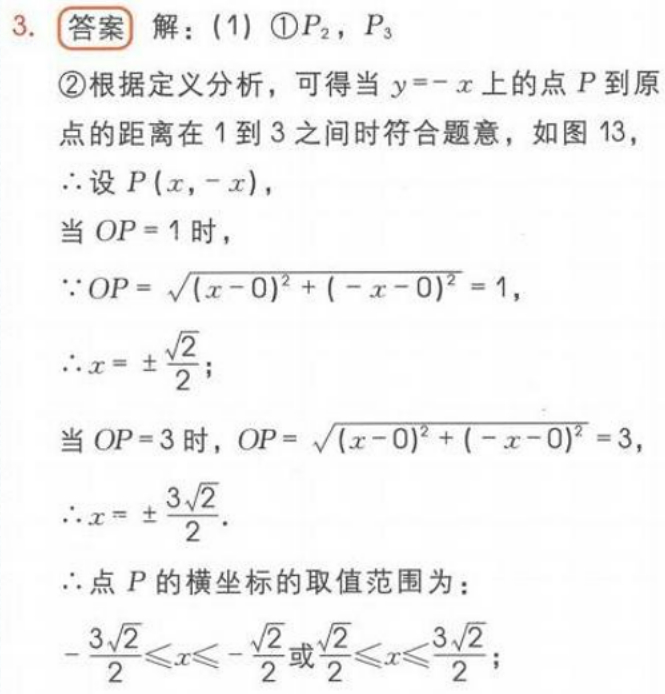
3. 答案 解：(1) \textcircled{1}$P_{2},P_{3}$
\textcircled{2}根据定义分析，可得当$y = -x$上的点$P$到原点的距离在1到3之间时符合题意，如图13，
$\therefore$设$P(x,-x)$，
当$OP = 1$时，
$\because OP=\sqrt{(x - 0)^{2}+(-x - 0)^{2}} = 1$，
$\therefore x=\pm\frac{\sqrt{2}}{2}$；
当$OP = 3$时，$OP=\sqrt{(x - 0)^{2}+(-x - 0)^{2}} = 3$，
$\therefore x=\pm\frac{3\sqrt{2}}{2}$.
$\therefore$点$P$的横坐标的取值范围为：
$-\frac{3\sqrt{2}}{2}\leqslant x\leqslant-\frac{\sqrt{2}}{2}或\frac{\sqrt{2}}{2}\leqslant x\leqslant\frac{3\sqrt{2}}{2}$；